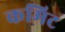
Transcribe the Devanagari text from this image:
कमिट